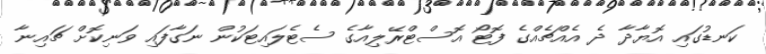
ކަނޑުގައި އޮޔާދާ ދެ އެއްޗެއްގެ ފޮޓޯ އޮސްޓްރޭލިއާގެ ސެޓެލައިޓަކުން ނަގާފައި ވަނިކޮށް ޗައިނާ